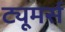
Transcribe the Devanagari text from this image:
ट्यूमर्स